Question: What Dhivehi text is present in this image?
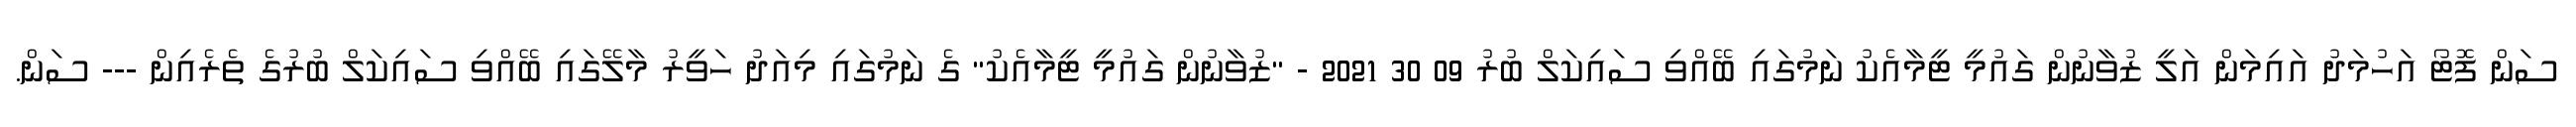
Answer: ސަން ފޮޓޯ އަހުމަދު އައިމަން އަލީ ޒުވާނުން ގައުމީ ޓީމާއެކު ނަމުގައި ބޭއްވި ސައިކަލް ބުރު 09 30 2021 - "ޒުވާނުން ގައުމީ ޓީމާއެކު" ގެ ނަމުގައި މިއަދު ހަވީރު މާލޭގައި ބޭއްވި ސައިކަލް ބުރުގެ ތެރެއިން --- ސަން.